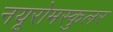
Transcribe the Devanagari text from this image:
नयूरोमस्कुलर